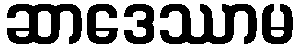
ဆာဒေဿာမ